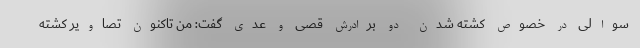
سوالی در خصوص کشته شدن دو برادرش قصی و عدی گفت: من تاکنون تصاویر کشته